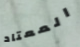
المعتاد